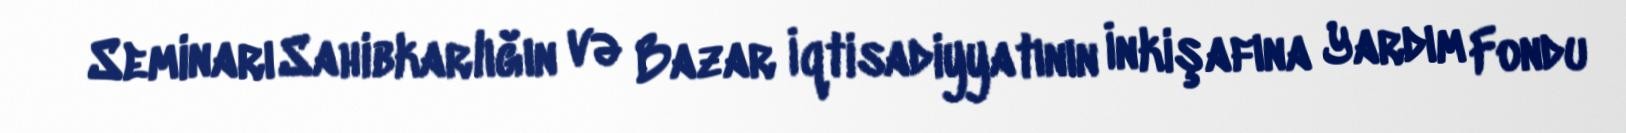
Seminarı Sahibkarlığın və Bazar İqtisadiyyatının İnkişafına Yardım Fondu